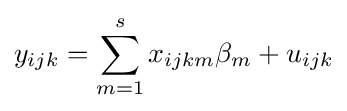
y_{ijk}=\sum _{m=1}^{s}x_{ijkm}\beta _{m}+u_{ijk}